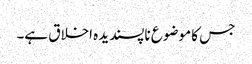
جس کا موضوع ناپسندیدہ اخلاق ہے۔